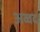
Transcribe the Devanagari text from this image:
अव्वद